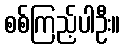
စစ်ကြည့်ပါဦး။